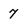
Character: 7